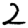
Digit: 2